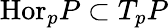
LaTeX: {\mathrm{Hor}}_{p}P\subset T_{p}P